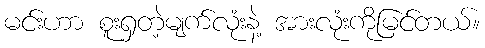
မင်းဟာ စူးရှတဲ့မျက်လုံးနဲ့ အားလုံးကိုမြင်တယ်။